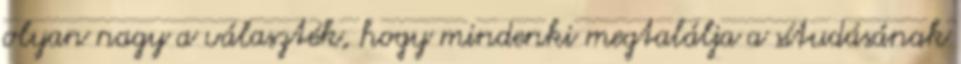
olyan nagy a választék, hogy mindenki megtalálja a sítudásának